Tezpur Lunatic Asylum reports 1877-1894 - 1877-1894
Year: 1877
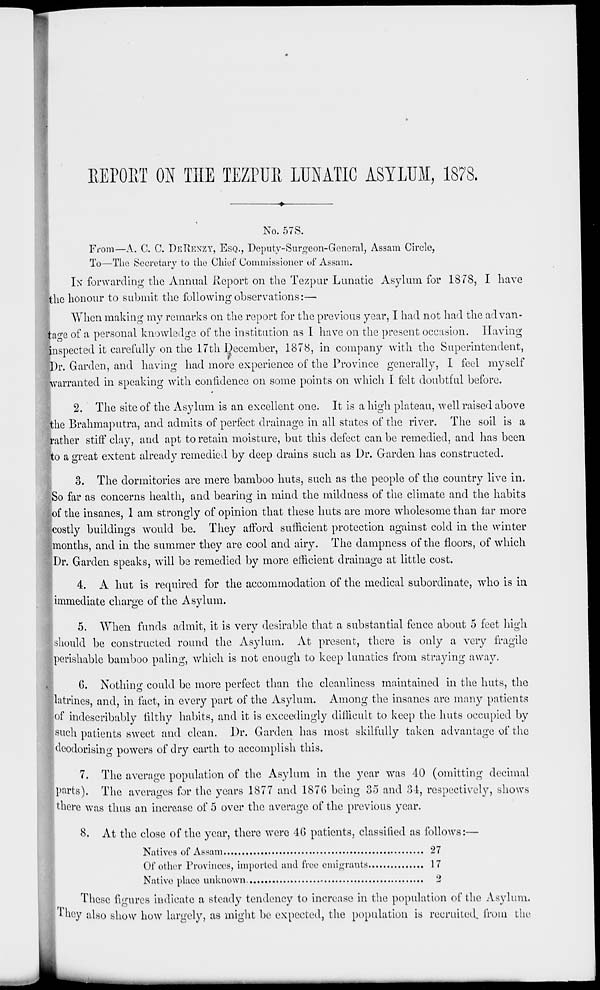
REPOET ON THE TEZPUK LUNATIC ASYLUM, 1878.
♦
No. 57S.
From—A. C. 0. DETIEXZY, ESQ., Deputv-Snrgeon-Gencral, Assam Circle,
To—The Secretary to the Chief Commissioner of Assam.
IN forwarding the Annual Report on the Tezpur Lunatic Asylum for 1878, I have
the honour to submit the following observations:—
When making my remarks on the report for the previous year, I had not had the advan-
tage of a personal knowledge of the institution as I have on the present occasion. Having
Inspected it carefully on the 17th December, 1878, in company with the Superintendent,
IDr. Garden, and having had more experience of the Province generally, I feel myself
warranted in speaking with confidence on some points on which I felt doubtful before.
2. The site of the Asylum is an excellent one. It is a high plateau, well raised above
the Brahmaputra, and admits of perfect drainage in all states of the river. The soil is a
rather stiff clay, and apt to retain moisture, but this defect can be remedied, and lias been
'to a great extent already remedied by deep drains such as Dr. Garden has constructed.
3. The dormitories are mere bamboo huts, such as the people of the country live in.
So far as concerns health, and bearing in mind the mildness of the climate and the habits
. of the insanes, I am strongly of opinion that these huts are more wholesome than far more
costly buildings would be. They afford sufficient protection against cold in the winter
i months, and in the summer they are cool and airy. The dampness of the floors, of which
4 Dr. Garden speaks, will be remedied by more efficient drainage at little cost.
4. A hut is required for the accommodation of the medical subordinate, who is in
immediate charge of the Asylum.
5. When funds admit, it is very desirable that a substantial fence about 5 feet high
■should be constructed round the Asylum. At present, there is only a very fragile
•perishable bamboo paling, which is not enough to keep lunatics from straying away.
G. Nothing could be more perfect than the cleanliness maintained in the huts, the
latrines, and, in fact, in every part of the Asylum. Among the insancs are man)?- patients
I of indescribably filthy habits, and it is exceedingly difficult to keep the huts occupied by
Isuch patients sweet and clean. Dr. Garden has most skilfully taken advantage of the
j deodorising powers of dry earth to accomplish this.
7. The average population of the Asylum in the year was 40 (omitting decimal
parts). The averages for the years 1877 and 187G being 35 and 34, respectively, shows
; there was thus an increase of 5 over the average of the previous year.
8. At the close of the year, there were 4G patients, classified as follows:—
Natives of Assam
27
Of other Provinces, imported and free emigrants
17
Native nlaco unknown
2
These figures indicate a steady tendency to increase in the population of the Asylum.
[ 1 hey also show how largely, as might be expected, the population is recruited, from the